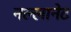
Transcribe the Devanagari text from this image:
नल्लानेट